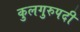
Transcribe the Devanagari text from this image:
कुलगुरुपदी